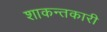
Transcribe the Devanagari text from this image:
शाकन्तकारी